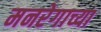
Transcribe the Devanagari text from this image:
मनरेगाच्या